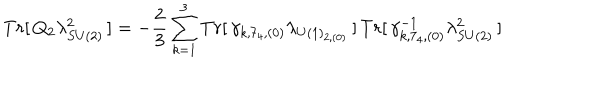
T r [ \, Q _ { 2 } \lambda _ { S U ( 2 ) } ^ { 2 } \, ] = - \frac { 2 } { 3 } \sum _ { k = 1 } ^ { 3 } T r [ \, \gamma _ { k , 7 _ { 4 } , ( 0 ) } \lambda _ { U ( 1 ) _ { 2 , ( 0 ) } } \, ] \, T r [ \, \gamma _ { k , 7 _ { 4 } , ( 0 ) } ^ { - 1 } \lambda _ { S U ( 2 ) } ^ { 2 } \, ]